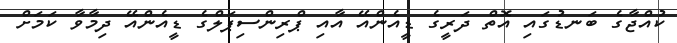
ކުއްޖާގެ ބަނޑުގައި އޮތް ދަރީގެ ޑީއެންއޭ އާއި ޕްރިންސިޕަލްގެ ޑީއެންއޭ ދިމާވާ ކަމަށް